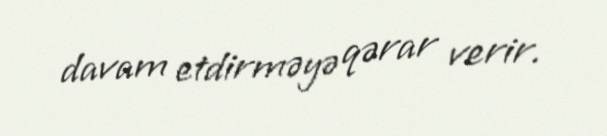
davam etdirməyə qərar verir.